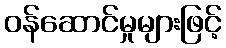
ဝန်ဆောင်မှုများဖြင့်